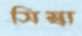
সিম্বা